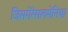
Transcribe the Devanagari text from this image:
जिसमेंरेसलमेनिया